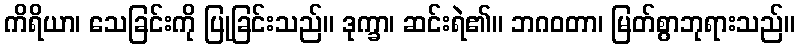
ကိရိယာ၊ သေခြင်းကို ပြုခြင်းသည်။ ဒုက္ခာ၊ ဆင်းရဲ၏။ ဘဂဝတာ၊ မြတ်စွာဘုရားသည်။